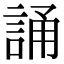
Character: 誦